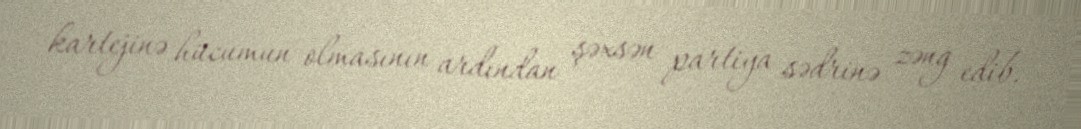
kartejinə hücumun olmasının ardından şəxsən partiya sədrinə zəng edib.